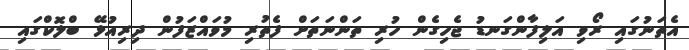
އެތަނުގައި ރޯވި އަލިފާންގަނޑު ޖެހިގެން ހުރި ތަންނަތަށް ފެތުރި މުވައްޒަފުން ދިރިއުޅޭ ބްލޮކްގައި